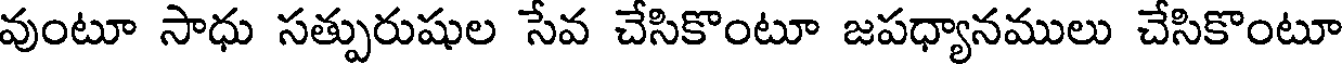
వుంటూ సాధు సత్పురుషుల సేవ చేసికొంటూ జపధ్యానములు చేసికొంటూ